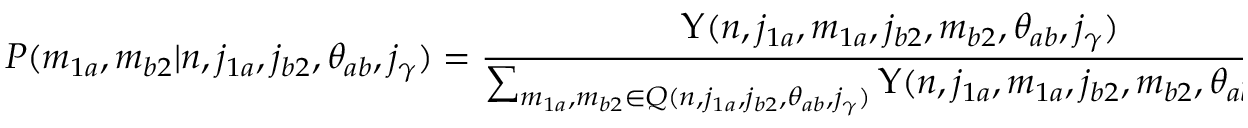
P ( m _ { 1 a } , m _ { b 2 } | n , j _ { 1 a } , j _ { b 2 } , \theta _ { a b } , j _ { \gamma } ) = \frac { \Upsilon ( n , j _ { 1 a } , m _ { 1 a } , j _ { b 2 } , m _ { b 2 } , \theta _ { a b } , j _ { \gamma } ) } { \sum _ { m _ { 1 a } , m _ { b 2 } \in Q ( n , j _ { 1 a } , j _ { b 2 } , \theta _ { a b } , j _ { \gamma } ) } \Upsilon ( n , j _ { 1 a } , m _ { 1 a } , j _ { b 2 } , m _ { b 2 } , \theta _ { a b } , j _ { \gamma } ) }